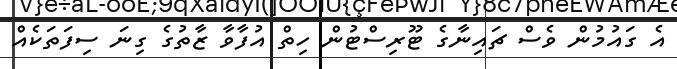
އެ ގައުމުން ވެސް ޗައިނާގެ ޓޫރިސްޓުން ހިތް އުފާވާ ޒާތުގެ ގިނަ ސިފަތަކެއް